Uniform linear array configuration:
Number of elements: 64
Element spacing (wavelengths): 1
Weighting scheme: hann
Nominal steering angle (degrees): -45
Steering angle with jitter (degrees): -45.691
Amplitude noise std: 0.05
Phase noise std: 0.05

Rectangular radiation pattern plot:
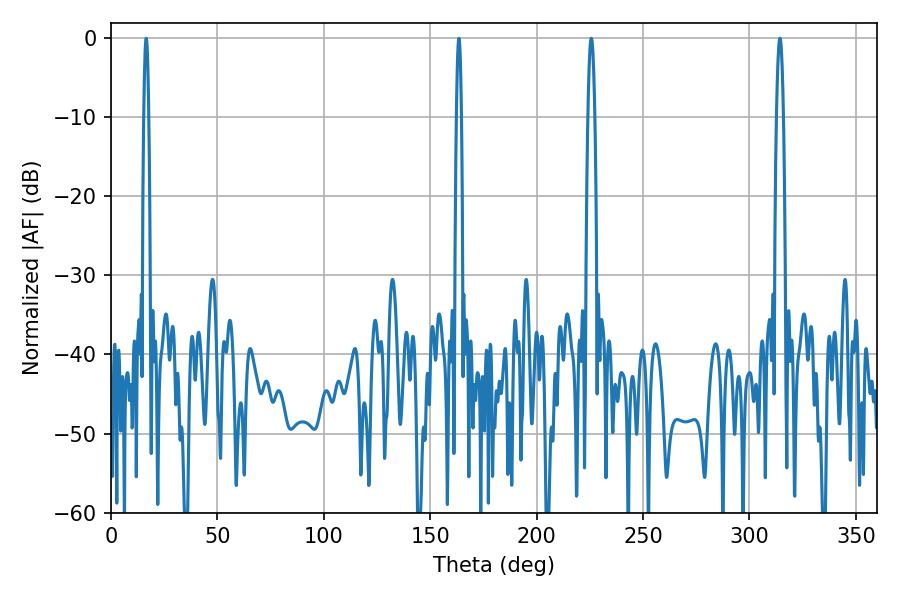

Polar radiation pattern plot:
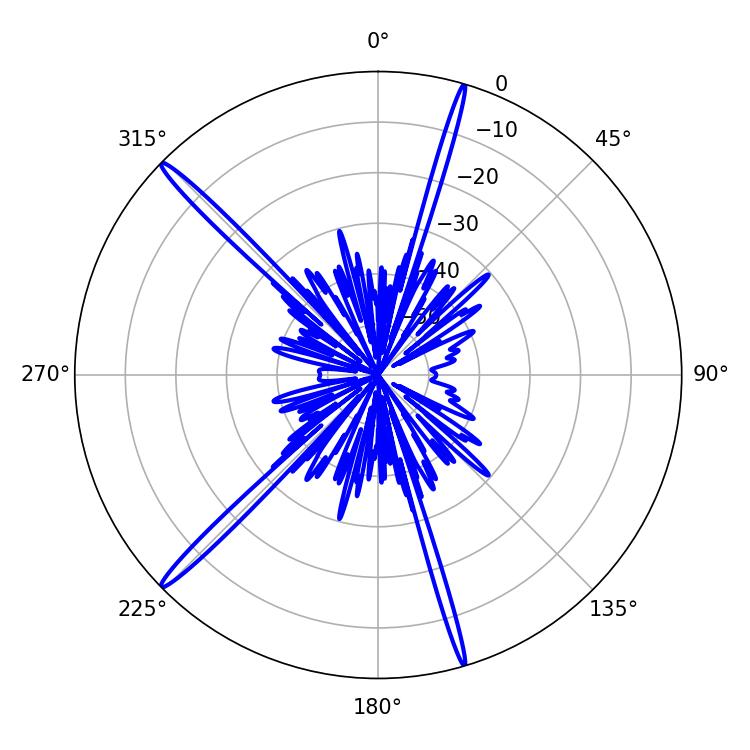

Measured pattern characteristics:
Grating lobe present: TRUE
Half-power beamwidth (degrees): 1.08
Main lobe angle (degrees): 163.44